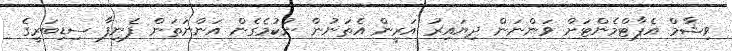
ވިޝާމް އެޕާޓްމެންޓަށް ވަންނަން ދިޔައިރު އަރީން އެތަނުން ނުކުމެގެން އަންނަތަން ފެނިފާ ސިޑިބަރީގެ